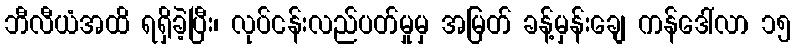
ဘီလီယံအထိ ရရှိခဲ့ပြီး၊ လုပ်ငန်းလည်ပတ်မှုမှ အမြတ် ခန့်မှန်းချေ ကန်ဒေါ်လာ ၁၅